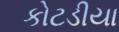
કોટડીયા